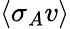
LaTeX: \langle\sigma_{A}v\rangle